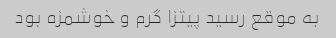
به موقع رسید پیتزا گرم و خوشمزه بود